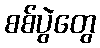
စစ်ပွဲတွေ